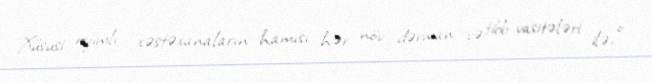
Xüsusi rejimli xəstəxanaların hamısı hər növ dərman və tibb vasitələri ilə, o